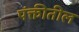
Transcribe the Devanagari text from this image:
पंक्तीतील